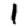
Digit: 1